Source: Handwritten
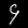
Digit: ၄ (4)